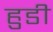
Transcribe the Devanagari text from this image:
हुडी